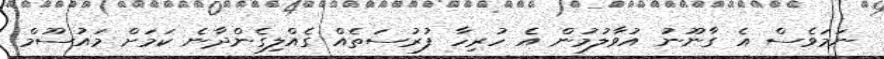
ނަމަވެސް އެ ގާނޫނު އުވާލުމުން އެ ހުރިހާ ފުރުސަތެއް ގެއްލިގެންދާނެ ކަމަށް މައުސޫމް